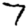
Digit: 7